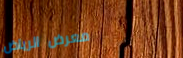
معرض الرياض